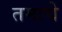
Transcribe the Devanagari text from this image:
तमाचे